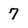
Character: 7